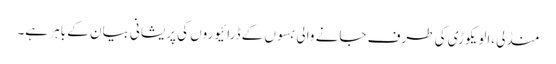
منڈلی ،الویکوڑی کی طرف جانے والی بسوں کے ڈرائیوروں کی پریشانی بیان کے باہر ہے۔